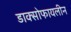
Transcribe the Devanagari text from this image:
डाक्सोफायलीन